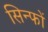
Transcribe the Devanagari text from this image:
सिन्फों